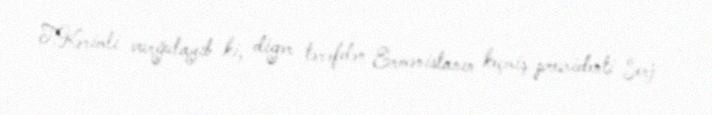
T.Kərimli vurğulayıb ki, digər tərəfdən Ermənistanın keçmiş prezidenti Serj